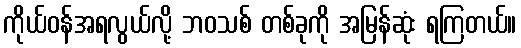
ကိုယ်ဝန်အရလွယ်လို့ ဘဝသစ် တစ်ခုကို အမြန်ဆုံး ရကြတယ်။